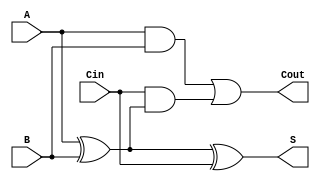
module RippleCarryFullAdder (
    input wire A,      // First binary input
    input wire B,      // Second binary input
    input wire Cin,    // Carry-in input
    output wire S,     // Sum output
    output wire Cout    // Carry-out output
);

// Internal signals for intermediate calculations
wire AxorB;

// Calculate the sum using XOR gates
assign AxorB = A ^ B; // A XOR B
assign S = AxorB ^ Cin; // (A XOR B) XOR Cin

// Calculate the carry-out using AND and OR gates
assign Cout = (A & B) | (Cin & AxorB); // (A AND B) OR (Cin AND (A XOR B))

endmodule